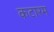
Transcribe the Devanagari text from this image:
कटारम